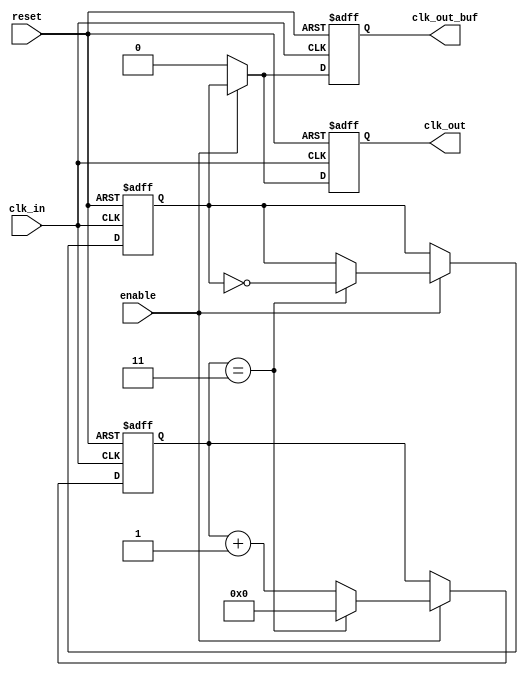
module clock_divider_buffer #(
    parameter N = 4  // Division factor (default is 4)
)(
    input wire clk_in,        // Input clock
    input wire reset,         // Reset signal
    input wire enable,        // Enable signal
    output reg clk_out,       // Divided clock output
    output reg clk_out_buf    // Buffered clock output
);

    // Internal signals
    reg [31:0] counter;       // Counter for clock division
    reg clk_div;              // Divided clock signal

    // Clock division logic
    always @(posedge clk_in or posedge reset) begin
        if (reset) begin
            counter <= 0;
            clk_div <= 0;
        end else if (enable) begin
            if (counter == (N - 1)) begin
                clk_div <= ~clk_div; // Toggle divided clock
                counter <= 0;        // Reset counter
            end else begin
                counter <= counter + 1; // Increment counter
            end
        end
    end

    // Output assignment
    always @(posedge clk_in or posedge reset) begin
        if (reset) begin
            clk_out <= 0;
            clk_out_buf <= 0;
        end else if (enable) begin
            clk_out <= clk_div;      // Assign divided clock to output
            clk_out_buf <= clk_div;  // Buffered output
        end else begin
            clk_out <= 0;            // Disable output when not enabled
            clk_out_buf <= 0;        // Disable buffered output
        end
    end

endmodule